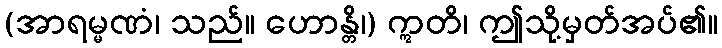
(အာရမ္မဏံ၊ သည်။ ဟောန္တိ၊) ဣတိ၊ ဤသို့မှတ်အပ်၏။